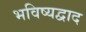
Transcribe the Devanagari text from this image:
भविष्यद्वाद